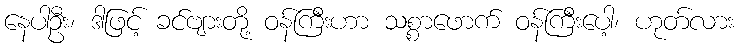
နေပါဦး၊ ဒါဖြင့် ခင်ဗျားတို့ ဝန်ကြီးဟာ သစ္စာဖောက် ဝန်ကြီးပေါ့၊ ဟုတ်လား